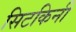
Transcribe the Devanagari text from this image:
सिटकिनी